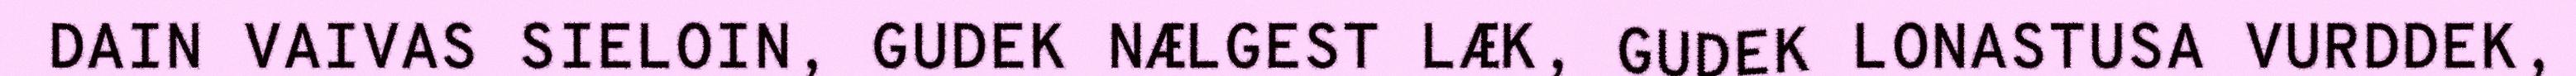
DAIN VAIVAS SIELOIN, GUDEK NÆLGEST LÆK, GUDEK LONASTUSA VURDDEK,